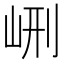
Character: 𡶭